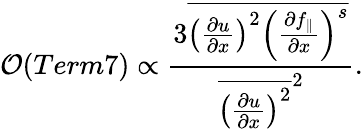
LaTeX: {\cal O}(Term7)\propto\frac{3\overline{{\left(\frac{\partial u}{\partial x}\right)^{2}\left(\frac{\partial f_{\parallel}}{\partial x}\right)^{s}}}}{{\overline{{\left(\frac{\partial u}{\partial x}\right)^{2}}}^{2}}}.